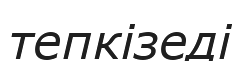
тепкізеді